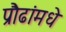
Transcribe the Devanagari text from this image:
प्रौढांमधे